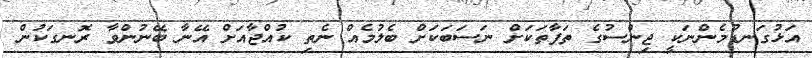
އަޅުގަނޑުމެންނަކީ ޖިންސުގެ ތަފާތަކަށް ނަސަބަކަށް ބެލުމެއް ނެތި ކުއްޖާއަށް އޭނާ ބޭނުންވާ ރޮނގަކުން